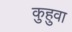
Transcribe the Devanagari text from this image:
कुहुवा